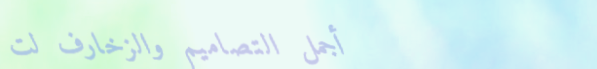
أجمل التصاميم والزخارف لت